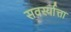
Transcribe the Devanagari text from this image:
सवर्स्यात्ता